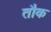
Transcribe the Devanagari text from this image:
तौक